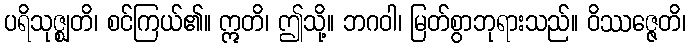
ပရိသုဇ္ဈတိ၊ စင်ကြယ်၏။ ဣတိ၊ ဤသို့။ ဘဂဝါ၊ မြတ်စွာဘုရားသည်။ ဝိဿဇ္ဇေတိ၊